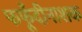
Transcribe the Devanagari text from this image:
फफूँदीनाशक